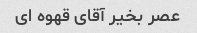
عصر بخیر آقای قهوه ای